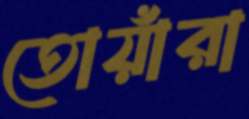
তোয়াঁরা